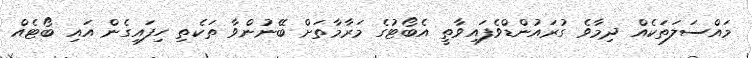
މައްސަލަތަކެއް ދިމާވެ ގުރައުންޑްވެފައިވާތީ އެބޯޓުގެ މަރާމާތަށް ބޭނުންވާ ތަކެތި ހިފައިގެން އައި ބޯޓެއް